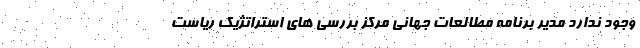
وجود ندارد مدیر برنامه مطالعات جهانی مرکز بررسی های استراتژیک ریاست